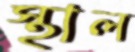
স্থাল